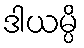
ဒါယမ္ပိ